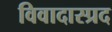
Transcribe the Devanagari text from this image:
विवादास्प्रद